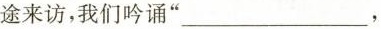
途来访，我们吟诵”___，